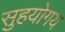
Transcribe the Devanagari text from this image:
सुहयोगय